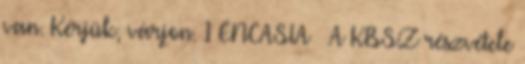
van. Kérjük, várjon. 1 ENCASIA – A KBSZ részvétele